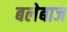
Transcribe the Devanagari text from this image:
बलेबाज